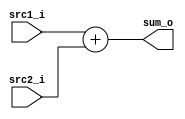
/***************************************************
Student Name:Shawn
Student ID: group17_0816095
***************************************************/

   `timescale 1ns/1ps

   module Adder(
       input  [31:0] src1_i,
       input  [31:0] src2_i,
       output [31:0] sum_o
   );

   assign sum_o = src1_i + src2_i;


   endmodule